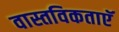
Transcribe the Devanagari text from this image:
वास्तविकताएॅ